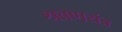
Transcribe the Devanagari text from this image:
श्रवणयंत्र